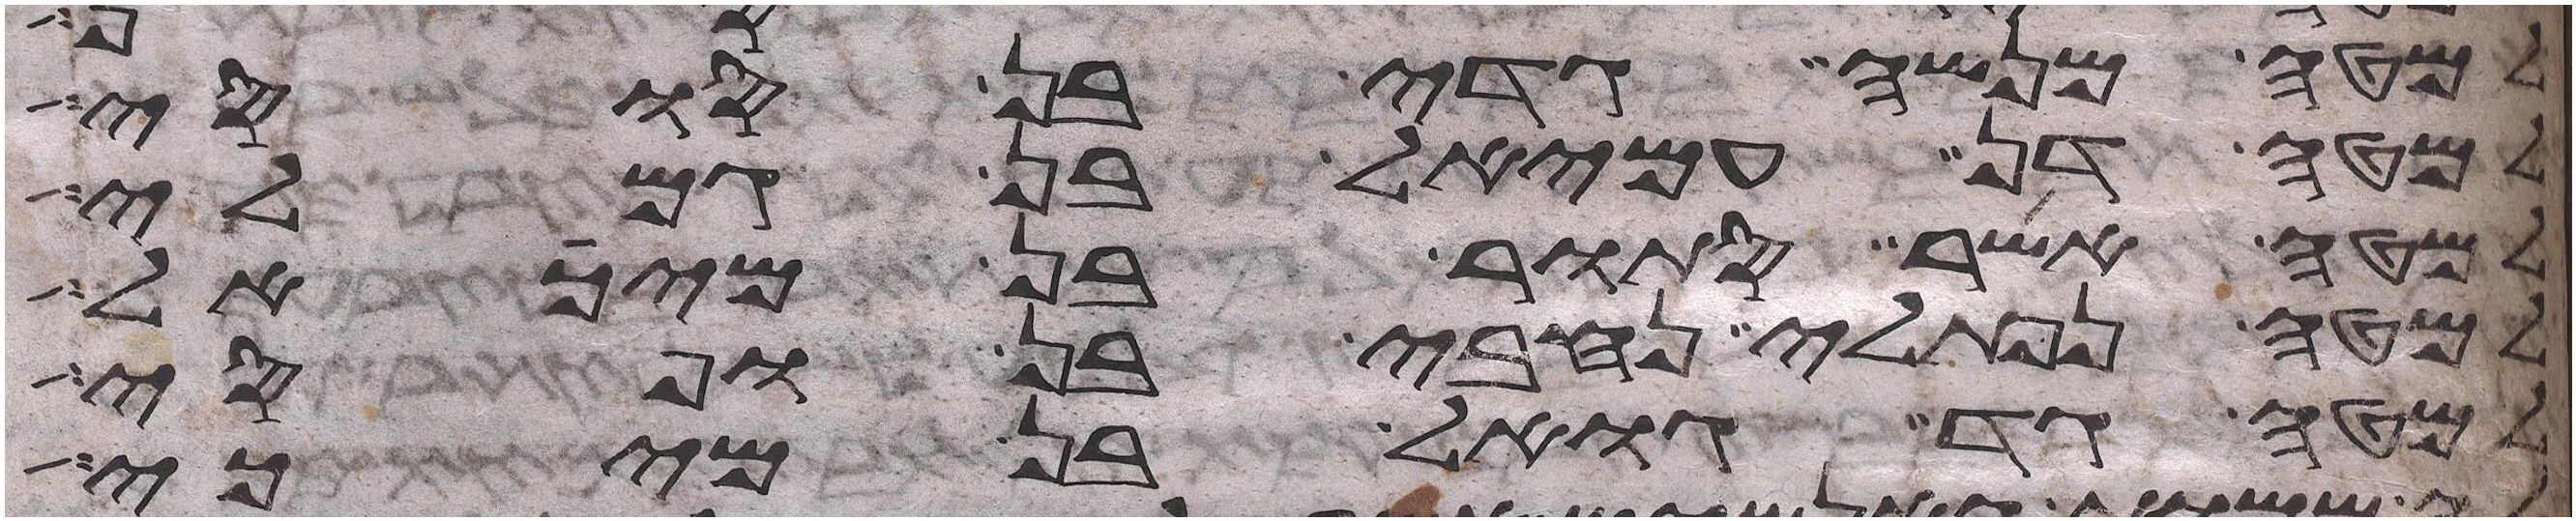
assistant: למטה מנשה גדי בן סוסי
למטה דן עמיאל בן גמלי
למטה אשר סתור בן מיכאל
למטה נפתלי נחבי בן ופסי
למטה גד גואל בן מיכי